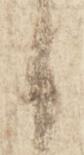
言